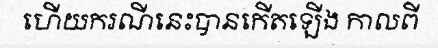
ហើយករណីនេះបានកើតឡើង កាលពី